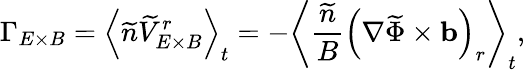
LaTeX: {\Gamma}_{E\times B}=\left<\widetilde{n}\widetilde{V}_{E\times B}^{r}\right>_{t}=-\left<\frac{\widetilde{n}}{B}\left(\nabla\widetilde{\Phi}\times\mathbf{b}\right)_{r}\right>_{t},